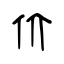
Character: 价